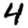
Digit: 4